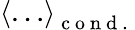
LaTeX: \left<\dots\right>_{\mathrm{~c~o~n~d~.~}}